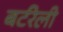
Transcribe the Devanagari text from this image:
बर्टरेली